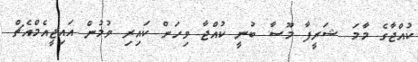
ކުއްޖާގެ މާމަ ޝަރީފާ މޫސާ ބުނީ ކުއްޖާ ވިހަން ކައިރި ވުމުން އައިޖީއެމްއެޗް